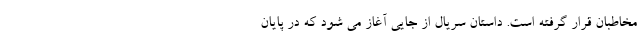
مخاطبان قرار گرفته است. داستان سریال از جایی آغاز می شود که در پایان